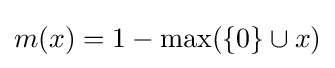
m(x)=1-\max(\{0\}\cup x)